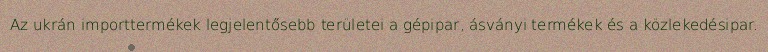
Az ukrán importtermékek legjelentősebb területei a gépipar, ásványi termékek és a közlekedésipar.